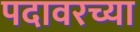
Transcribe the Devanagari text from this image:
पदावरच्या